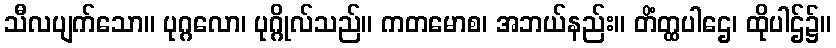
သီလပျက်သော။ ပုဂ္ဂလော၊ ပုဂ္ဂိုလ်သည်။ ကတမောစ၊ အဘယ်နည်း။ တိံတ္ထပါဌေ၊ ထိုပါဌ်၌။